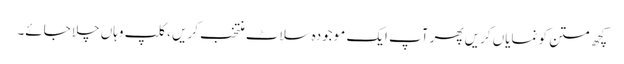
کچھ متن کو نمایاں کریں پھر آپ ایک موجودہ سلاٹ منتخب کریں ، کلپ وہاں چلا جائے۔